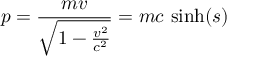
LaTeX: p = { \frac { m v } { \sqrt { 1 - { \frac { v ^ { 2 } } { c ^ { 2 } } } } } } = m c { \mathrm { ~ s i n h } } ( s )